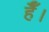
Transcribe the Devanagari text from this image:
हैैँँ।